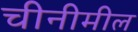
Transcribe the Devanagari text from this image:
चीनीमील